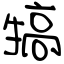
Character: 犒